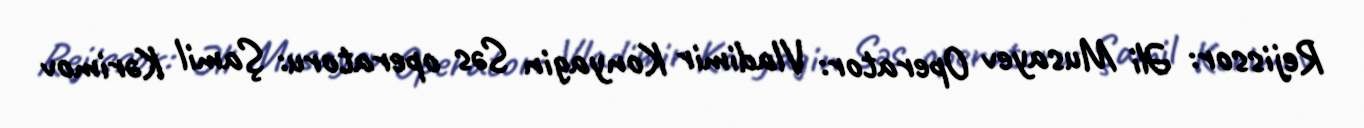
Rejissor: Əli Musayev Operator: Vladimir Konyagin Səs operatoru: Şamil Kərimov